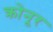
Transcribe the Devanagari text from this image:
क्रोनूर